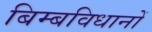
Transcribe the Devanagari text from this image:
बिम्बविधानों